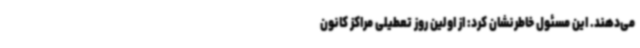
می‌دهند. این مسئول خاطرنشان کرد: از اولین روز تعطیلی مراکز کانون